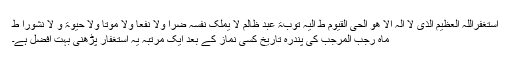
اَستَغفِرُاللہُ العَظِیمَ الَّذِی لاَ اِلٰہَ اِلاَّ ھُوَ الحَیُّ القَیُّومُ ط اِلَیہِ تَوبَۃَ عَبدٍ ظَالِمٍ لاَ یَملِکُ نَفسِہ ضَراً وَّلاَ نَفَعاً وَّلاَ موتاً وَلاَ حَیٰوۃً وَّ لاَ نَشُوراً ط
ماہ رجب المرجب کی پندرہ تاریخ کسی نماز کے بعد ایک مرتبہ یہ استغفار پڑھنی بہت افضل ہے۔